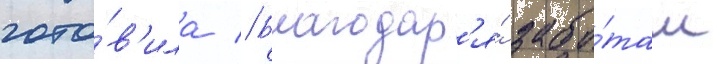
гото́в'ила // Благодар'я́ забо́там